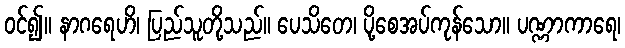
ဝင်၍။ နာဂရေဟိ၊ ပြည်သူတို့သည်။ ပေသိတေ၊ ပို့စေအပ်ကုန်သော။ ပဏ္ဏာကာရေ၊